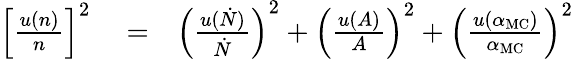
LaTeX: \begin{array}{rlr}{\left[\frac{u\left(n\right)}{n}\right]^{2}}&{{}=}&{\left(\frac{u(\dot{N})}{\dot{N}}\right)^{2}+\left(\frac{u(A)}{A}\right)^{2}+\left(\frac{u(\alpha_{\mathrm{MC}})}{\alpha_{\mathrm{MC}}}\right)^{2}}\end{array}